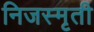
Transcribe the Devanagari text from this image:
निजस्मृती